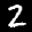
Label: 2